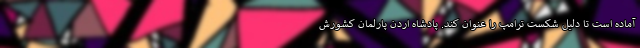
آماده است تا دلیل شکست ترامپ را عنوان کند. پادشاه اردن پارلمان کشورش